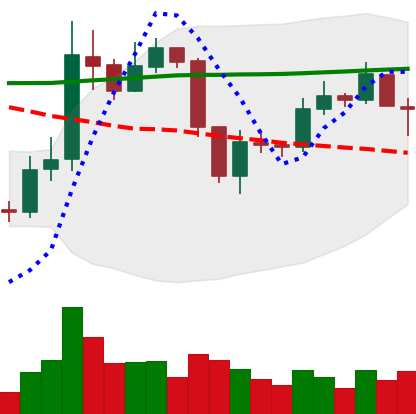
Ticker: ETC-USD
Chart end date: 2019-09-07
Forward return: -6.91%
Label: down_5_7